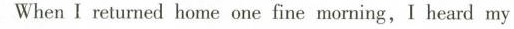
When I returned home one fine moming,I heard my